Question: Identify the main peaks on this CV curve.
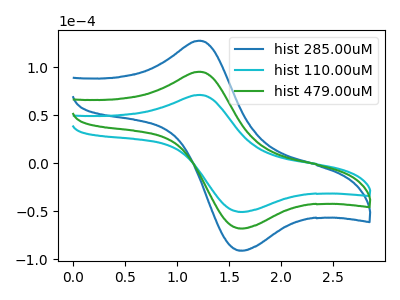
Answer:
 <answer>The blue curve "hist 285.00uM" has an anodic peak at (1.20V, 190.60uA) and a cathodic peak at (1.65V, -135.80uA). The cyan curve "hist 110.00uM" has an anodic peak at (1.20V, 71.15uA) and a cathodic peak at (1.65V, -50.70uA). The green curve "hist 479.00uM" has an anodic peak at (1.20V, 95.30uA) and a cathodic peak at (1.65V, -67.90uA).</answer>
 <eval></eval>